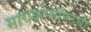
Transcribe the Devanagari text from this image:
मायक्रोसॉफ्टची